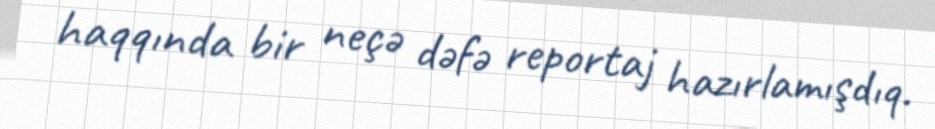
haqqında bir neçə dəfə reportaj hazırlamışdıq.